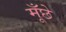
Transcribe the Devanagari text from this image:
मूँछे